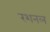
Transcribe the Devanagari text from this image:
रशनल